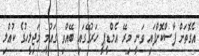
އެގޮތަށް ފާސްކޮށްފައި ވަނީ މިރޭ އެމްޑީޕީ ހަރުގޭގައި ބޭއްވި ގައުމީ މަޖިލީހުގެ ކުއްލި